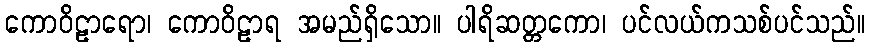
ကောဝိဠာရော၊ ကောဝိဠာရ အမည်ရှိသော။ ပါရိဆတ္တကော၊ ပင်လယ်ကသစ်ပင်သည်။